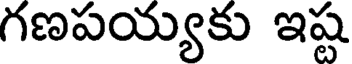
గణపయ్యకు ఇష్ట